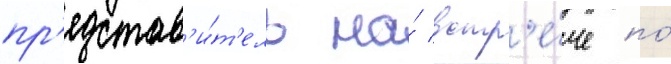
пр'едстав'и́т'ель на́ встр'е́че по́